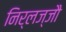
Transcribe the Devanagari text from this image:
निर्लज्जौ